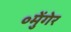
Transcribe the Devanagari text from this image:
॰मुेंगेर